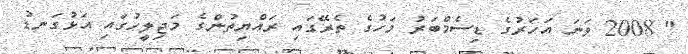
" 2008 ވަނަ އަހަރުގެ ޑިސެމްބަރު މަހުގެ ތެރޭގައި ރައްޔިތުންގެ މަޖިލީހުގައި އަޅުގަނޑު